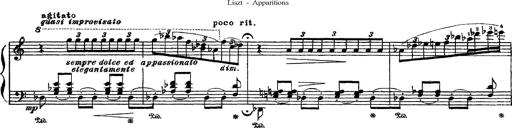
Title: Apparitions
Composer: Franz Liszt